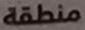
منطقة